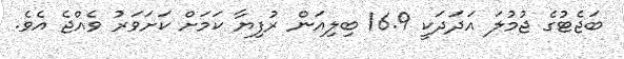
ބަޖެޓުގެ ޖުމުލަ އަދަދަކީ 16.9 ބިލިއަން ރުފިޔާ ކަމަށް ކަށަވަރު ވެއްޖެ އެވެ.